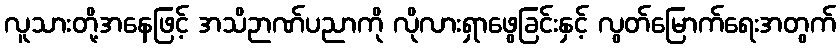
လူသားတို့အနေဖြင့် အသိဉာဏ်ပညာကို လိုလားရှာဖွေခြင်းနှင့် လွတ်မြောက်ရေးအတွက်